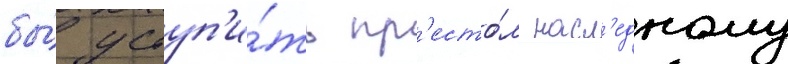
бы́ уступ'и́ть пр'есто́л насл'едному